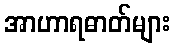
အာဟာရဓာတ်များ